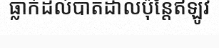
ធ្លាក់ដល់បាតដាលប៉ុន្តែឥឡូវ